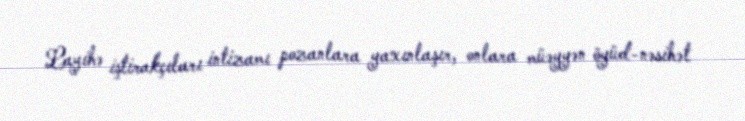
Layihə iştirakçıları intizamı pozanlara yaxınlaşır, onlara müəyyən öyüd-nəsihət